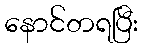
နောင်တရပြီး